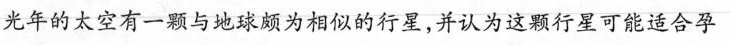
光年的太空有一颗与地球颇为相似的行星，并认为这颗行星可能适合孕